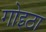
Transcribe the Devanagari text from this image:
गोइठा